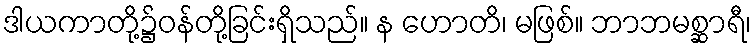
ဒါယကာတို့၌ဝန်တို့ခြင်းရှိသည်။ န ဟောတိ၊ မဖြစ်။ ဘာဘမစ္ဆာရီ၊